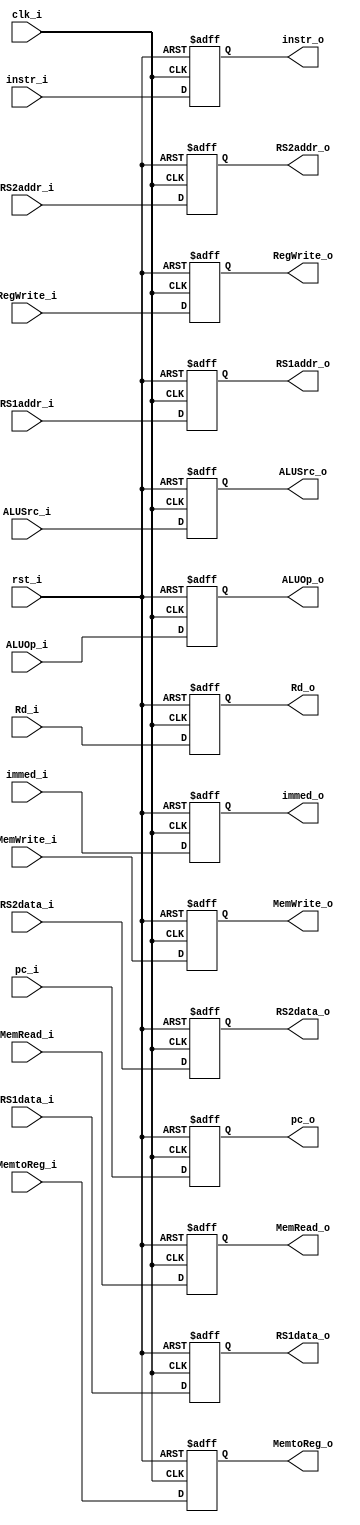
module Pipeline_ID_EX(
    clk_i,
    rst_i,
    RS1data_i,
    RS2data_i,
    immed_i,
    pc_i,
    Rd_i,
    RegWrite_i,
    MemtoReg_i,
    MemRead_i,
    MemWrite_i,
    ALUOp_i,
    ALUSrc_i,
    instr_i,
    RS1addr_i,
    RS2addr_i,

    RS1data_o,
    RS2data_o,
    immed_o,
    pc_o,
    Rd_o,
    RegWrite_o,
    MemtoReg_o,
    MemRead_o,
    MemWrite_o,
    ALUOp_o,
    ALUSrc_o,
    instr_o,
    RS1addr_o,
    RS2addr_o,
);

    input clk_i;
    input rst_i;

    input [31:0] RS1data_i, RS2data_i;
    output reg [31:0] RS1data_o, RS2data_o;

    input [31:0] immed_i, pc_i;
    output reg [31:0] immed_o, pc_o;

    input [4:0] Rd_i;
    output reg [4:0] Rd_o;

    input [31:0] instr_i;
    output reg [31:0] instr_o;

    input RegWrite_i, MemtoReg_i, MemRead_i, MemWrite_i, ALUSrc_i;
    output reg RegWrite_o, MemtoReg_o, MemRead_o, MemWrite_o, ALUSrc_o;

    input [1:0] ALUOp_i;
    output reg [1:0] ALUOp_o;

    input [4:0] RS1addr_i, RS2addr_i;
    output reg [4:0] RS1addr_o, RS2addr_o;

    always@(posedge clk_i or negedge rst_i)
    if (~rst_i) // init
    begin
        RS1data_o <= 32'b0;
        RS2data_o <= 32'b0;
        immed_o <= 32'b0;
        pc_o <= 32'b0;
        Rd_o <= 32'b0;
        RegWrite_o <= 0;
        MemtoReg_o <= 0;
        MemRead_o <= 0;
        MemWrite_o <= 0;
        ALUOp_o <= 0;
        ALUSrc_o <= 0;
        instr_o <= 0;
        RS1addr_o <= 0;
        RS2addr_o <= 0;
    end
    else
    begin
        RS1data_o <= RS1data_i;
        RS2data_o <= RS2data_i;
        immed_o <= immed_i;
        pc_o <= pc_i;
        Rd_o <= Rd_i;
        RegWrite_o <= RegWrite_i;
        MemtoReg_o <= MemtoReg_i;
        MemRead_o <= MemRead_i;
        MemWrite_o <= MemWrite_i;
        ALUOp_o <= ALUOp_i;
        ALUSrc_o <= ALUSrc_i;
        instr_o <= instr_i;
        RS1addr_o <= RS1addr_i;
        RS2addr_o <= RS2addr_i;
    end

endmodule